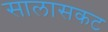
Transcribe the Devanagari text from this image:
सालासकट